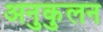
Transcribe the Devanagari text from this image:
अनुकुलन